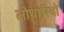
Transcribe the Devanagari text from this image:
लोथारियो